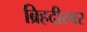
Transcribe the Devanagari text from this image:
ब्रिहदीस्वर